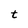
Character: t